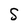
Character: S